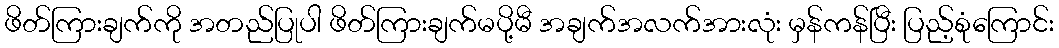
ဖိတ်ကြားချက်ကို အတည်ပြုပါ ဖိတ်ကြားချက်မပို့မီ အချက်အလက်အားလုံး မှန်ကန်ပြီး ပြည့်စုံကြောင်း